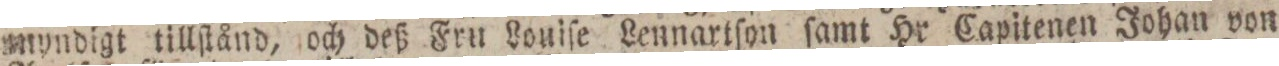
myndigt tillſtånd, och deß Fru Louiſe Lennartſon ſamt Hr Capitenen Johan von